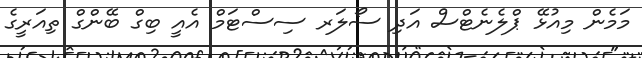
މަމެން މިއުޅޭ ޕްލެނެޓްސް އަދި ސޯލަރ ސިސްޓަމް އެއީ ބިގް ބޭންގް ތިއަރީގެ